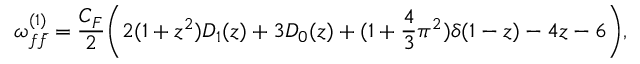
\omega _ { f { \bar { f } } } ^ { ( 1 ) } = { \frac { C _ { F } } { 2 } } \biggl ( 2 ( 1 + z ^ { 2 } ) { \cal D } _ { 1 } ( z ) + 3 { \cal D } _ { 0 } ( z ) + ( 1 + { \frac { 4 } { 3 } } \pi ^ { 2 } ) \delta ( 1 - z ) - 4 z - 6 \biggr ) ,